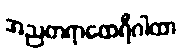
အညတရာထေရီဂါထာ